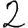
Digit: 2